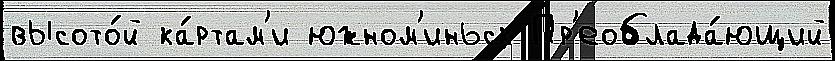
высото́й ка́ртам'и южном'иньск Пр'еоблада́ющий